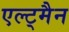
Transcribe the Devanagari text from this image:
एल्ट्मैन